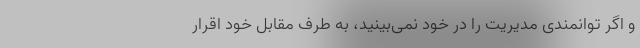
و اگر توانمندی مدیریت را در خود نمی‌بینید، به طرف مقابل خود اقرار